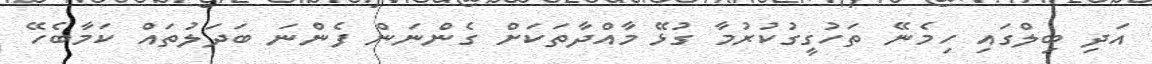
އަދި ބިލްގައި ހިމެނޭ ތަހުގީގުކުރުމާ ގުޅޭ މާއްދާތަކަށް ގެންނަން ފެންނަ ބަދަލުތައް ކަމާބެހޭ